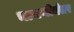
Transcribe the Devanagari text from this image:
चाचणीनंतर